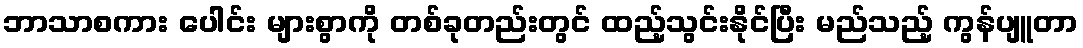
ဘာသာစကား ပေါင်း များစွာကို တစ်ခုတည်းတွင် ထည့်သွင်းနိုင်ပြီး မည်သည့် ကွန်ပျူတာ